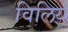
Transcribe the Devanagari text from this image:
विलियं